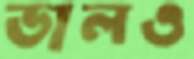
ডালও